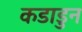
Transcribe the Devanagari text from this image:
कडाडुन